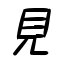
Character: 見